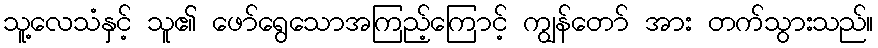
သူ့လေသံနှင့် သူ၏ ဖော်ရွေသောအကြည့်ကြောင့် ကျွန်တော် အား တက်သွားသည်။